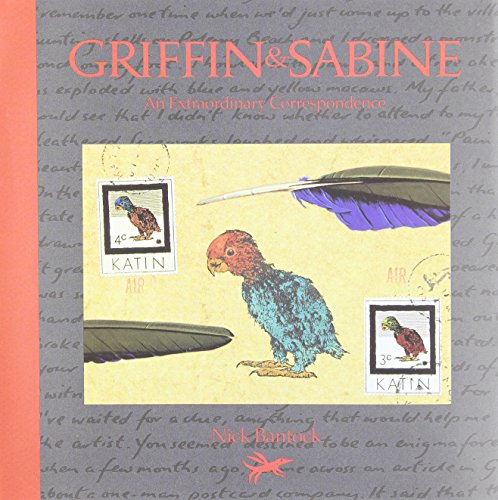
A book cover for Griffin & Sabine:  An Extraordinary Correspondence; Nick Bantock; Romance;